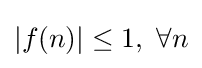
|f(n)|\leq 1,\ \forall n